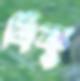
বিষ্ণু